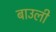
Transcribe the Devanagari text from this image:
बाउली